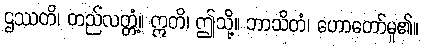
ဌဿတိ၊ တည်လတ္တံ့။ ဣတိ၊ ဤသို့။ ဘာသိတံ၊ ဟောတော်မူ၏။